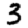
Digit: 3